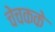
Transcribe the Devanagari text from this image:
चेचकके